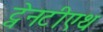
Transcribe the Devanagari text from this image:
ट्वेनटीएथ